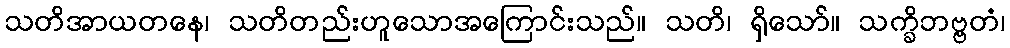
သတိအာယတနေ၊ သတိတည်းဟူသောအကြောင်းသည်။ သတိ၊ ရှိသော်။ သက္ခိဘဗ္ဗတံ၊